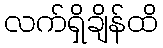
လက်ရှိချိန်ထိ